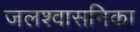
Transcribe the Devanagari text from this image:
जलश्वासनिका